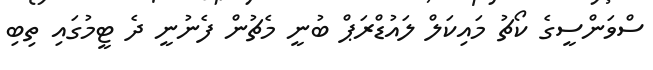
ސްވަންސީގެ ކޯޗު މައިކަލް ލައުޑްރަޕް ބުނީ މެޗުން ފެނުނީ ދެ ޓީމުގައި ތިބި